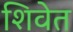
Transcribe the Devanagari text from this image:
शिवेत